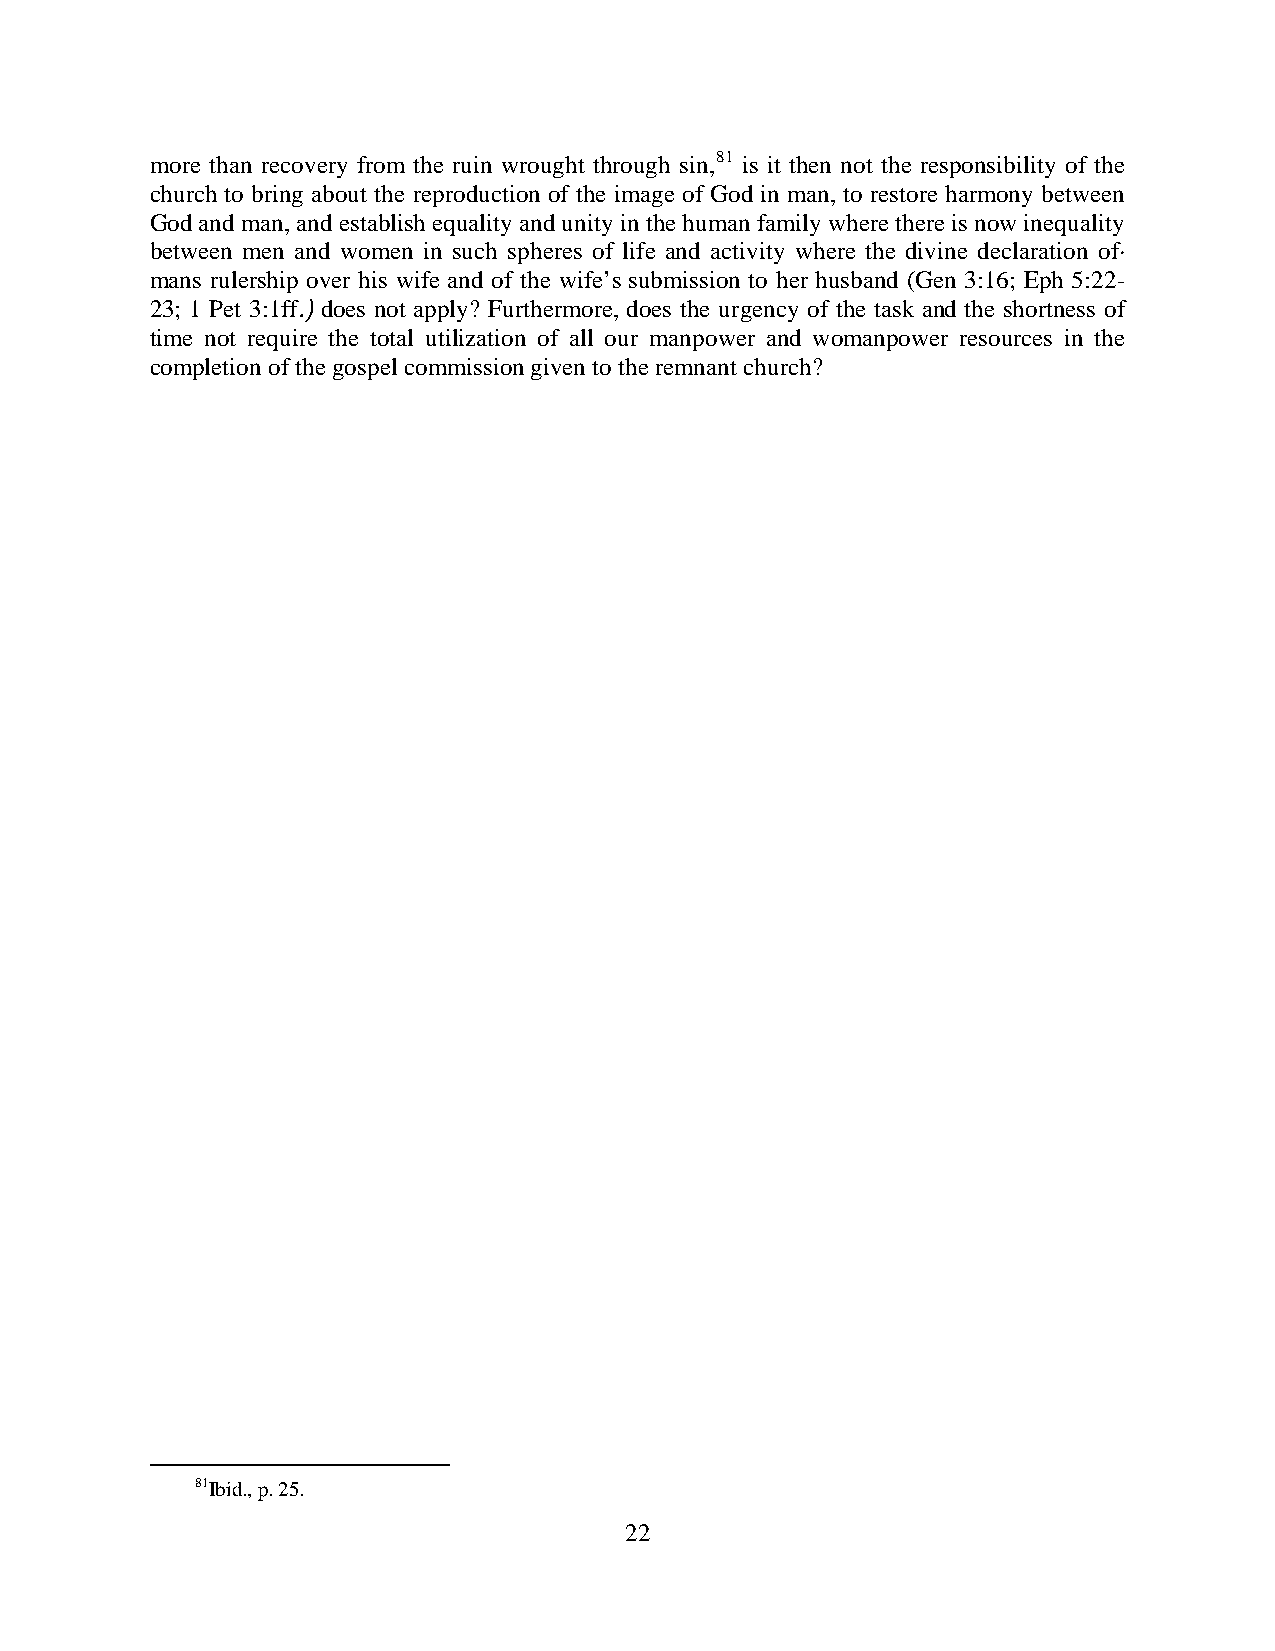
more than recovery from the ruin wrought through sin,81 is it then not the responsibility of the
 church to bring about the reproduction of the image of God in man, to restore harmony between
 God and man, and establish equality and unity in the human family where there is now inequality
 between men and women in such spheres of life and activity where the divine declaration of·
 mans rulership over his wife and of the wife’s submission to her husband (Gen 3:16; Eph 5:22-
 23; 1 Pet 3:1ff.) does not apply? Furthermore, does the urgency of the task and the shortness of
 time not require the total utilization of all our manpower and womanpower resources in the
 completion of the gospel commission given to the remnant church?
 81Ibid., p. 25.
 22